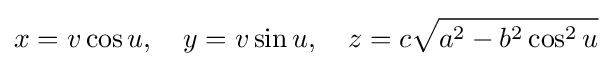
x=v\cos u,\quad y=v\sin u,\quad z=c{\sqrt {a^{2}-b^{2}\cos ^{2}u}}